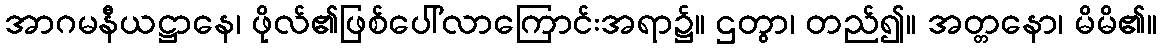
အာဂမနီယဋ္ဌာနေ၊ ဖိုလ်၏ဖြစ်ပေါ်လာကြောင်းအရာ၌။ ဌတွာ၊ တည်၍။ အတ္တနော၊ မိမိ၏။